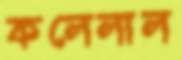
কলেলাল